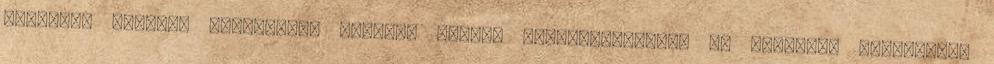
megléte. Kérünk, csatlakozz hozzánk Várjuk jelentkezésedet Ha segíteni szeretnél,